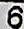
6